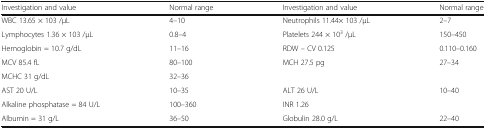
<table><thead><tr><td><b>Investigation and value</b></td><td><b>Normal range</b></td><td><b>Investigation and value</b></td><td><b>Normal range</b></td></tr></thead><tbody><tr><td>WBC 13.65 × 103 /μL</td><td>4–10</td><td>Neutrophils 11.44× 103 /μL</td><td>2–7</td></tr><tr><td>Lymphocytes 1.36 × 103 /μL</td><td>0.8–4</td><td>Platelets 244 × 10<sup>3</sup> /μL</td><td>150–450</td></tr><tr><td>Hemoglobin = 10.7 g/dL</td><td>11–16</td><td>RDW – CV 0.125</td><td>0.110–0.160</td></tr><tr><td>MCV 85.4 fL</td><td>80–100</td><td>MCH 27.5 pg</td><td>27–34</td></tr><tr><td>MCHC 31 g/dL</td><td>32–36</td><td></td><td></td></tr><tr><td>AST 20 U/L</td><td>10–35</td><td>ALT 26 U/L</td><td>10–40</td></tr><tr><td>Alkaline phosphatase = 84 U/L</td><td>100–360</td><td>INR 1.26</td><td></td></tr><tr><td>Albumin = 31 g/L</td><td>36–50</td><td>Globulin 28.0 g/L</td><td>22–40</td></tr></tbody></table>